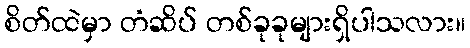
စိတ်ထဲမှာ တံဆိပ် တစ်ခုခုများရှိပါသလား။